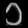
Digit: ၁